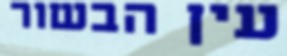
עין הבשור